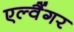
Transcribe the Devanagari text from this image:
एल्वैंगर